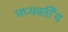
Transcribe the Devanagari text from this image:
मध्यवर्तीय